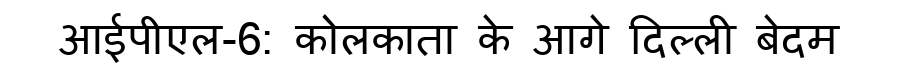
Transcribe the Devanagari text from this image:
आईपीएल-6: कोलकाता के आगे दिल्ली बेदम